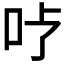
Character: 𱒇